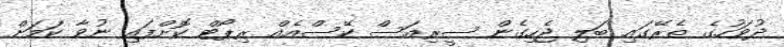
ދުވަހުގެ ތެރޭގައި ބަލި ޖެހިގެން ސީރިއަސް ކޭސްއެއް ރިޕޯޓް ކޮށްފައި ނުވާ ކަމަށް